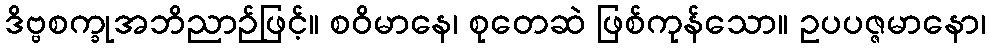
ဒိဗ္ဗစက္ခုအဘိညာဉ်ဖြင့်။ စဝိမာနေ၊ စုတေဆဲ ဖြစ်ကုန်သော။ ဥပပဇ္ဇမာနော၊